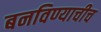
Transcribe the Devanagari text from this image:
बनविण्याचीच